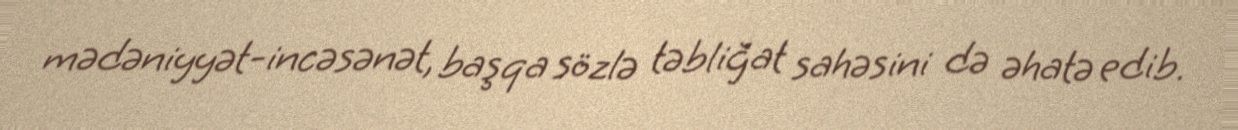
mədəniyyət-incəsənət, başqa sözlə təbliğat sahəsini də əhatə edib.